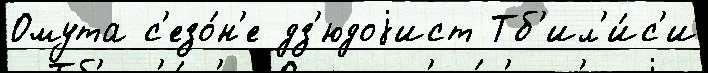
Омута с'езо́н'е дз'юдоjист Тб'ил'и́с'и